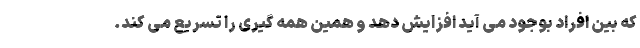
که بین افراد بوجود می آید افزایش دهد و همین همه گیری را تسریع می کند.